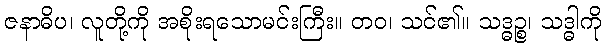
ဇနာဓိပ၊ လူတို့ကို အစိုးရသောမင်းကြီး။ တဝ၊ သင်၏။ သဒ္ဓဉ္စ၊ သဒ္ဓါကို